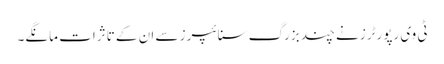
ٹی وی رپورٹرز نے چند بزرگ سنائپرز سے ان کے تاثرات مانگے۔